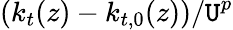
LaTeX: \left(k_{t}(z)-k_{t,0}(z)\right)/{\mathtt{U}}^{p}